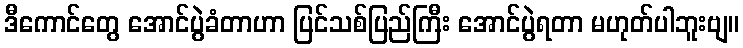
ဒီကောင်တွေ အောင်ပွဲခံတာဟာ ပြင်သစ်ပြည်ကြီး အောင်ပွဲရတာ မဟုတ်ပါဘူးဗျ။